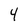
Character: 4